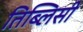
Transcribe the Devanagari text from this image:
तिब्लिसी